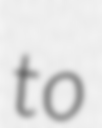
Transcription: to